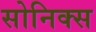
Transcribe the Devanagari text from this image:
सोनिक्स